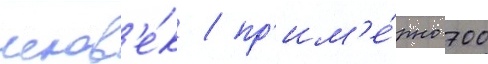
челов'е́к / пр'им'е́рно 700